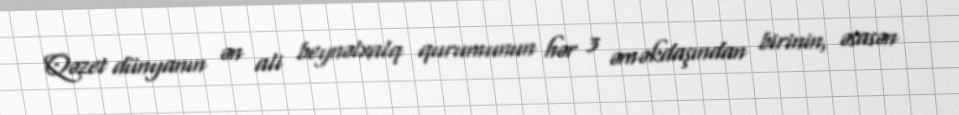
Qəzet dünyanın ən ali beynəlxalq qurumunun hər 3 əməkdaşından birinin, əsasən